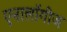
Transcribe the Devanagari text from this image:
एनालॉगीज